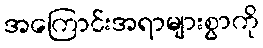
အကြောင်းအရာများစွာကို